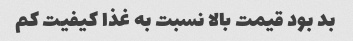
بد بود قیمت بالا نسبت به غذا کیفیت کم